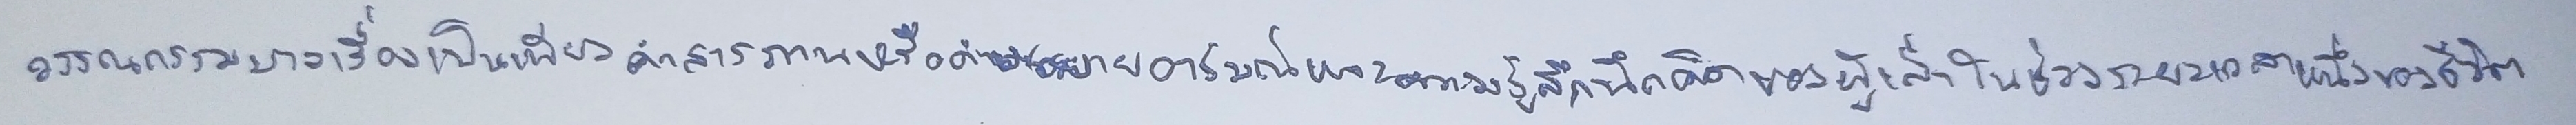
วรรณกรรมบางเรื่องเป็นเพียงคำสารภาพหรือคำบรรยายอารมณ์และความรู้สึกนึกคิดของผู้เล่าในช่วงระยะเวลาหนึ่งของชีวิต